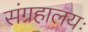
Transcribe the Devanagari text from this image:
संग्रहालयः